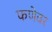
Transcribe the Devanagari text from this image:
फणेवर